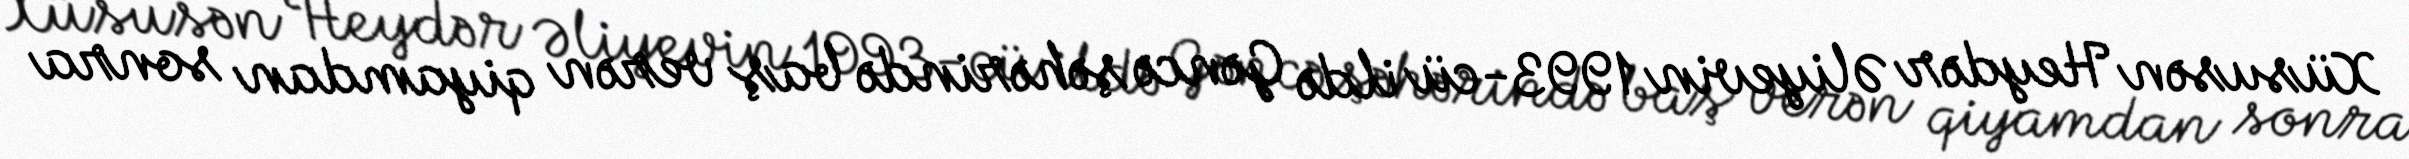
Xüsusən Heydər Əliyevin 1993-cü ildə Gəncə şəhərində baş verən qiyamdan sonra